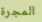
المجرة